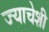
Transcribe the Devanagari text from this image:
ज्याचेशी